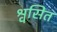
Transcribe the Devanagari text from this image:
श्वसित